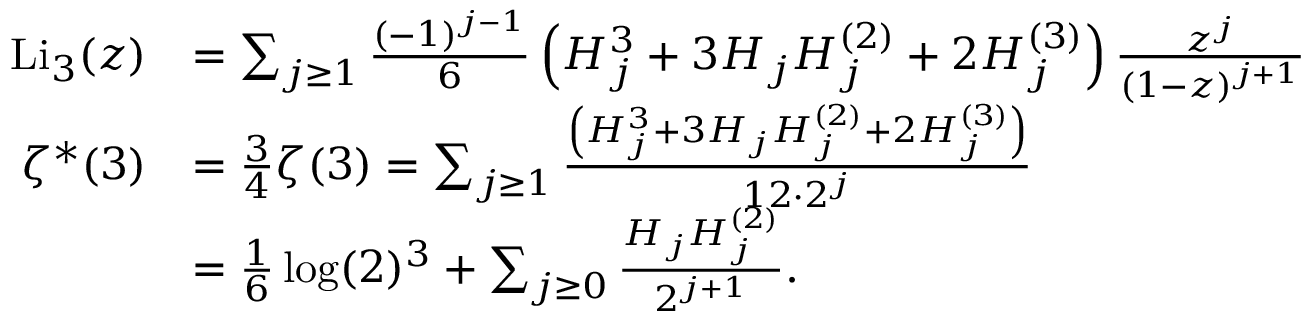
{ \begin{array} { r l } { { \mathrm { L i } } _ { 3 } ( z ) } & { = \sum _ { j \geq 1 } { \frac { ( - 1 ) ^ { j - 1 } } { 6 } } \left( H _ { j } ^ { 3 } + 3 H _ { j } H _ { j } ^ { ( 2 ) } + 2 H _ { j } ^ { ( 3 ) } \right) { \frac { z ^ { j } } { ( 1 - z ) ^ { j + 1 } } } } \\ { \zeta ^ { \ast } ( 3 ) } & { = { \frac { 3 } { 4 } } \zeta ( 3 ) = \sum _ { j \geq 1 } { \frac { \left( H _ { j } ^ { 3 } + 3 H _ { j } H _ { j } ^ { ( 2 ) } + 2 H _ { j } ^ { ( 3 ) } \right) } { 1 2 \cdot 2 ^ { j } } } } \\ & { = { \frac { 1 } { 6 } } \log ( 2 ) ^ { 3 } + \sum _ { j \geq 0 } { \frac { H _ { j } H _ { j } ^ { ( 2 ) } } { 2 ^ { j + 1 } } } . } \end{array} }